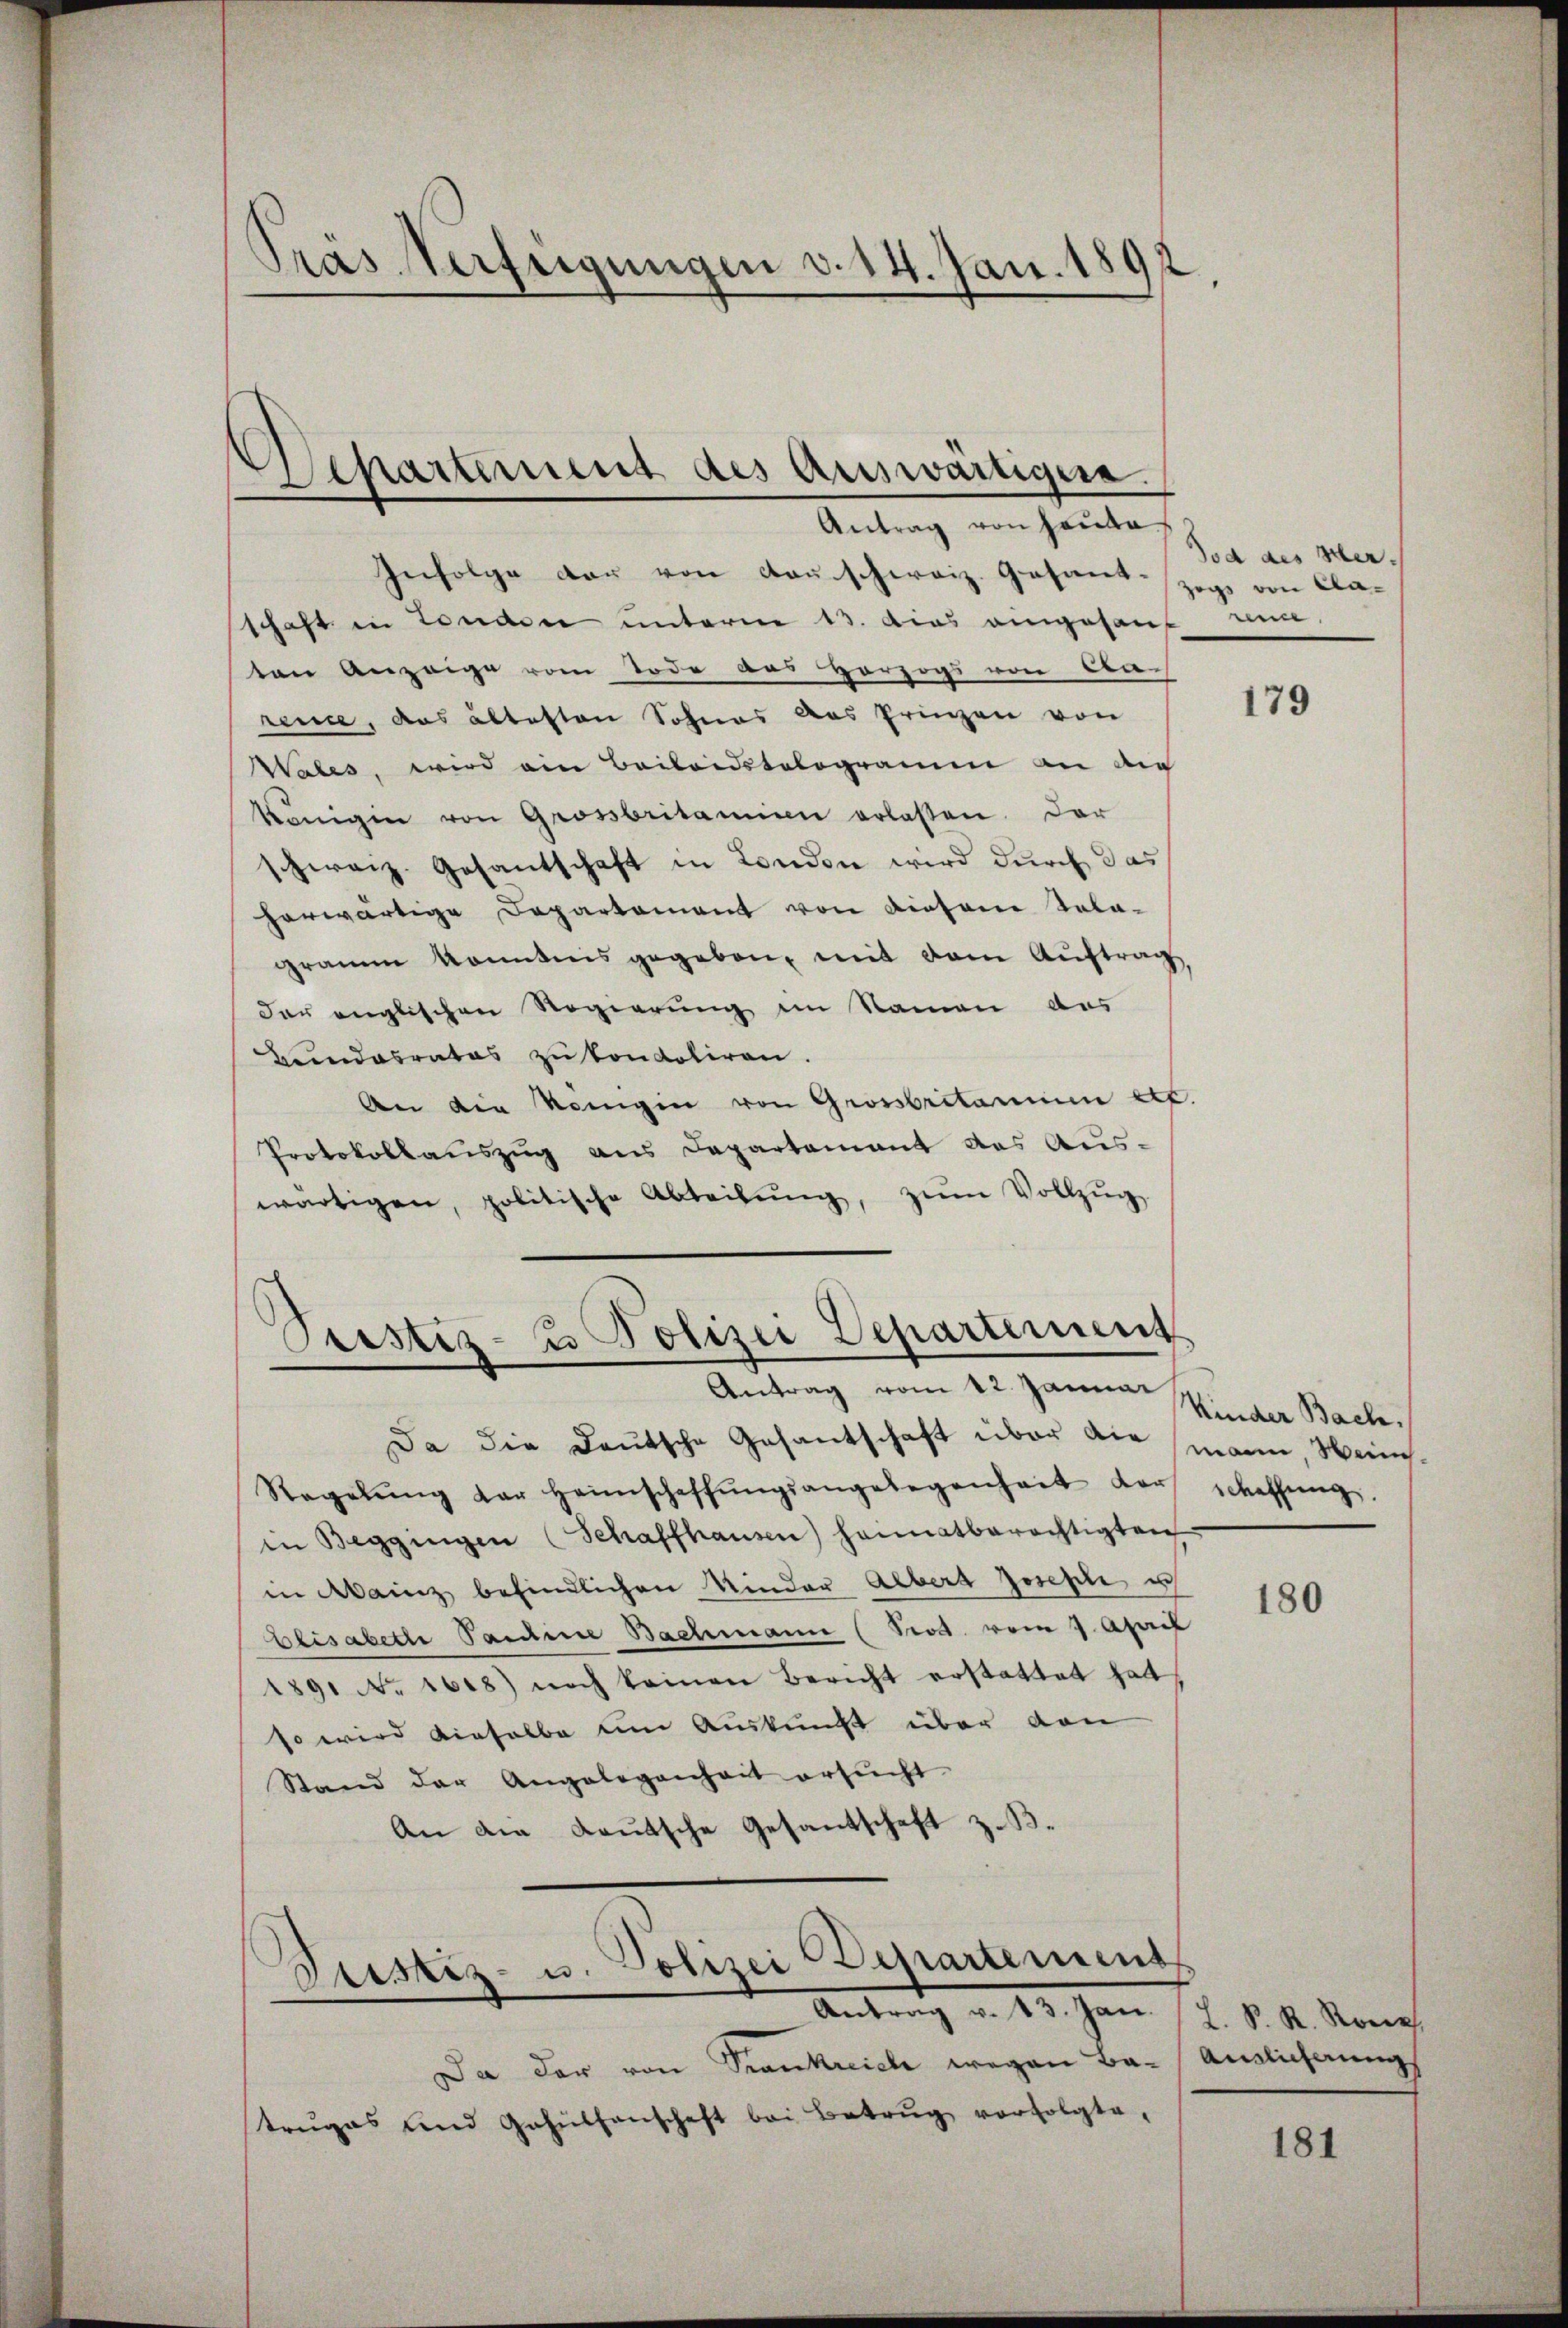
Pras Verfügungen v. 14. Jan. 1892.

.

Infolge der von Rauschweiz. Gesantzogs von Claschaft in London unterm 13. dies angesant nun
ten Anzeige vom Tode aus vorzogs von Anrence, das ältesten Sohnes das Prinzen von
Wabes, wird ein Baibaidstologram an di
Königin von Grossbritanien erlassen. Der
schweiz. Gesantschaft in London wird durch das
herwärtige Departement von diesene Sela-
gramm konntens gegeben, mit dem Auftrag
der englischen Regierung im Namen das
Bundesrates zu kondoliren.
An die Königin von Grossbritarium etc.
Protokollauszug aus Departamant des Aus-
wärtigen, politische Abteilŭng, zŭm Vollzŭg

Separtement des Auswärtigera
Antrag von Hauta

Pristiz- u Polizei Departement
Antrag vom 12. Januar

Da die Deutsche Gesantschaft über die mann, Hein¬
Regelŭng der Heimschaffŭngsangelegenheit der
in Beggingen (Schaffhausen) hannatberechtigten
in Mainz befindlichen Minder Albert Josephi u
Elisabeth Pauline Bachmann (Prod. vom 7. April
1891 No. 1618) noch keinen Bericht erstattet hat
so wird einhalbe um Auskunft über den
Stand der Angelegenheit ersucht
An die Lautsche Gesantschaft z. B.

Justiz- u. Polizei Departement
Antrag v. 13. Jan.

Da der von Frankreich wegen Batrŭgas und Gehülfenschaft bei Betrug verfolgte,

Tod des Ver¬

179

Kinder Bach.
schaffung

180

L. P. R. Korp
Ainlicherung

181